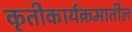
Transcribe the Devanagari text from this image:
कृतीकार्यक्रमातील